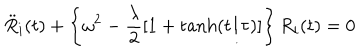
\ddot { R } _ { i } ( t ) + \left\{ \omega ^ { 2 } - \frac { \lambda } { 2 } [ 1 + \tanh ( t / \tau ) ] \right\} R _ { i } ( t ) = 0